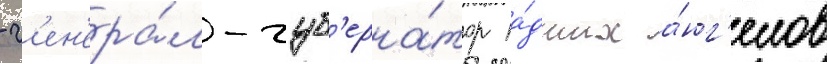
- г'ен'ера́л-губ'ерна́тор па́дших а́нг'елов